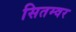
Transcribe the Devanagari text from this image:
सितम्वर